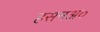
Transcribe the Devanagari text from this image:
हसनअ०